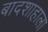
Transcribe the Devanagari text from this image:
बादशाहाला